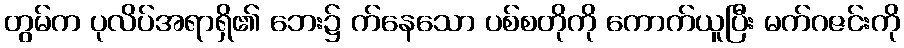
တွမ်က ပုလိပ်အရာရှိ၏ ဘေး၌ က်နေသော ပစ်စတိုကို ကောက်ယူပြီး မက်ဂဇင်းကို